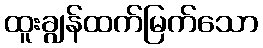
ထူးချွန်ထက်မြက်သော